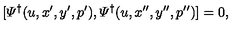
[ { \mit \Psi } ^ { \dagger } ( u , x ^ { \prime } , y ^ { \prime } , p ^ { \prime } ) , { \mit \Psi } ^ { \dagger } ( u , x ^ { \prime \prime } , y ^ { \prime \prime } , p ^ { \prime \prime } ) ] = 0 ,